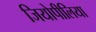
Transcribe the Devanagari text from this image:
जियोपीलिया